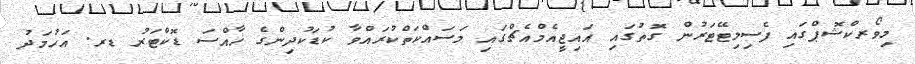
މިވޯރކްޝޮޕްގައި ފެސިލިޓޭޓަރުން ގޮތުގައި އައިޖީއެމްއެޗްގައި މަސައްކަތްކުރައްވާ ކުޑަކުދިންގެ ޚާއްސަ ޑޮކްޓަރު ޑރ. އަހުމަދު